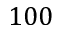
1 0 0